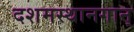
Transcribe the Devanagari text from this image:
दशमस्थानगान्